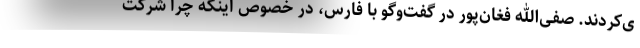
ی‌کردند. صفی‌الله فغان‌پور در گفت‌وگو با فارس، در خصوص اینکه چرا شرکت